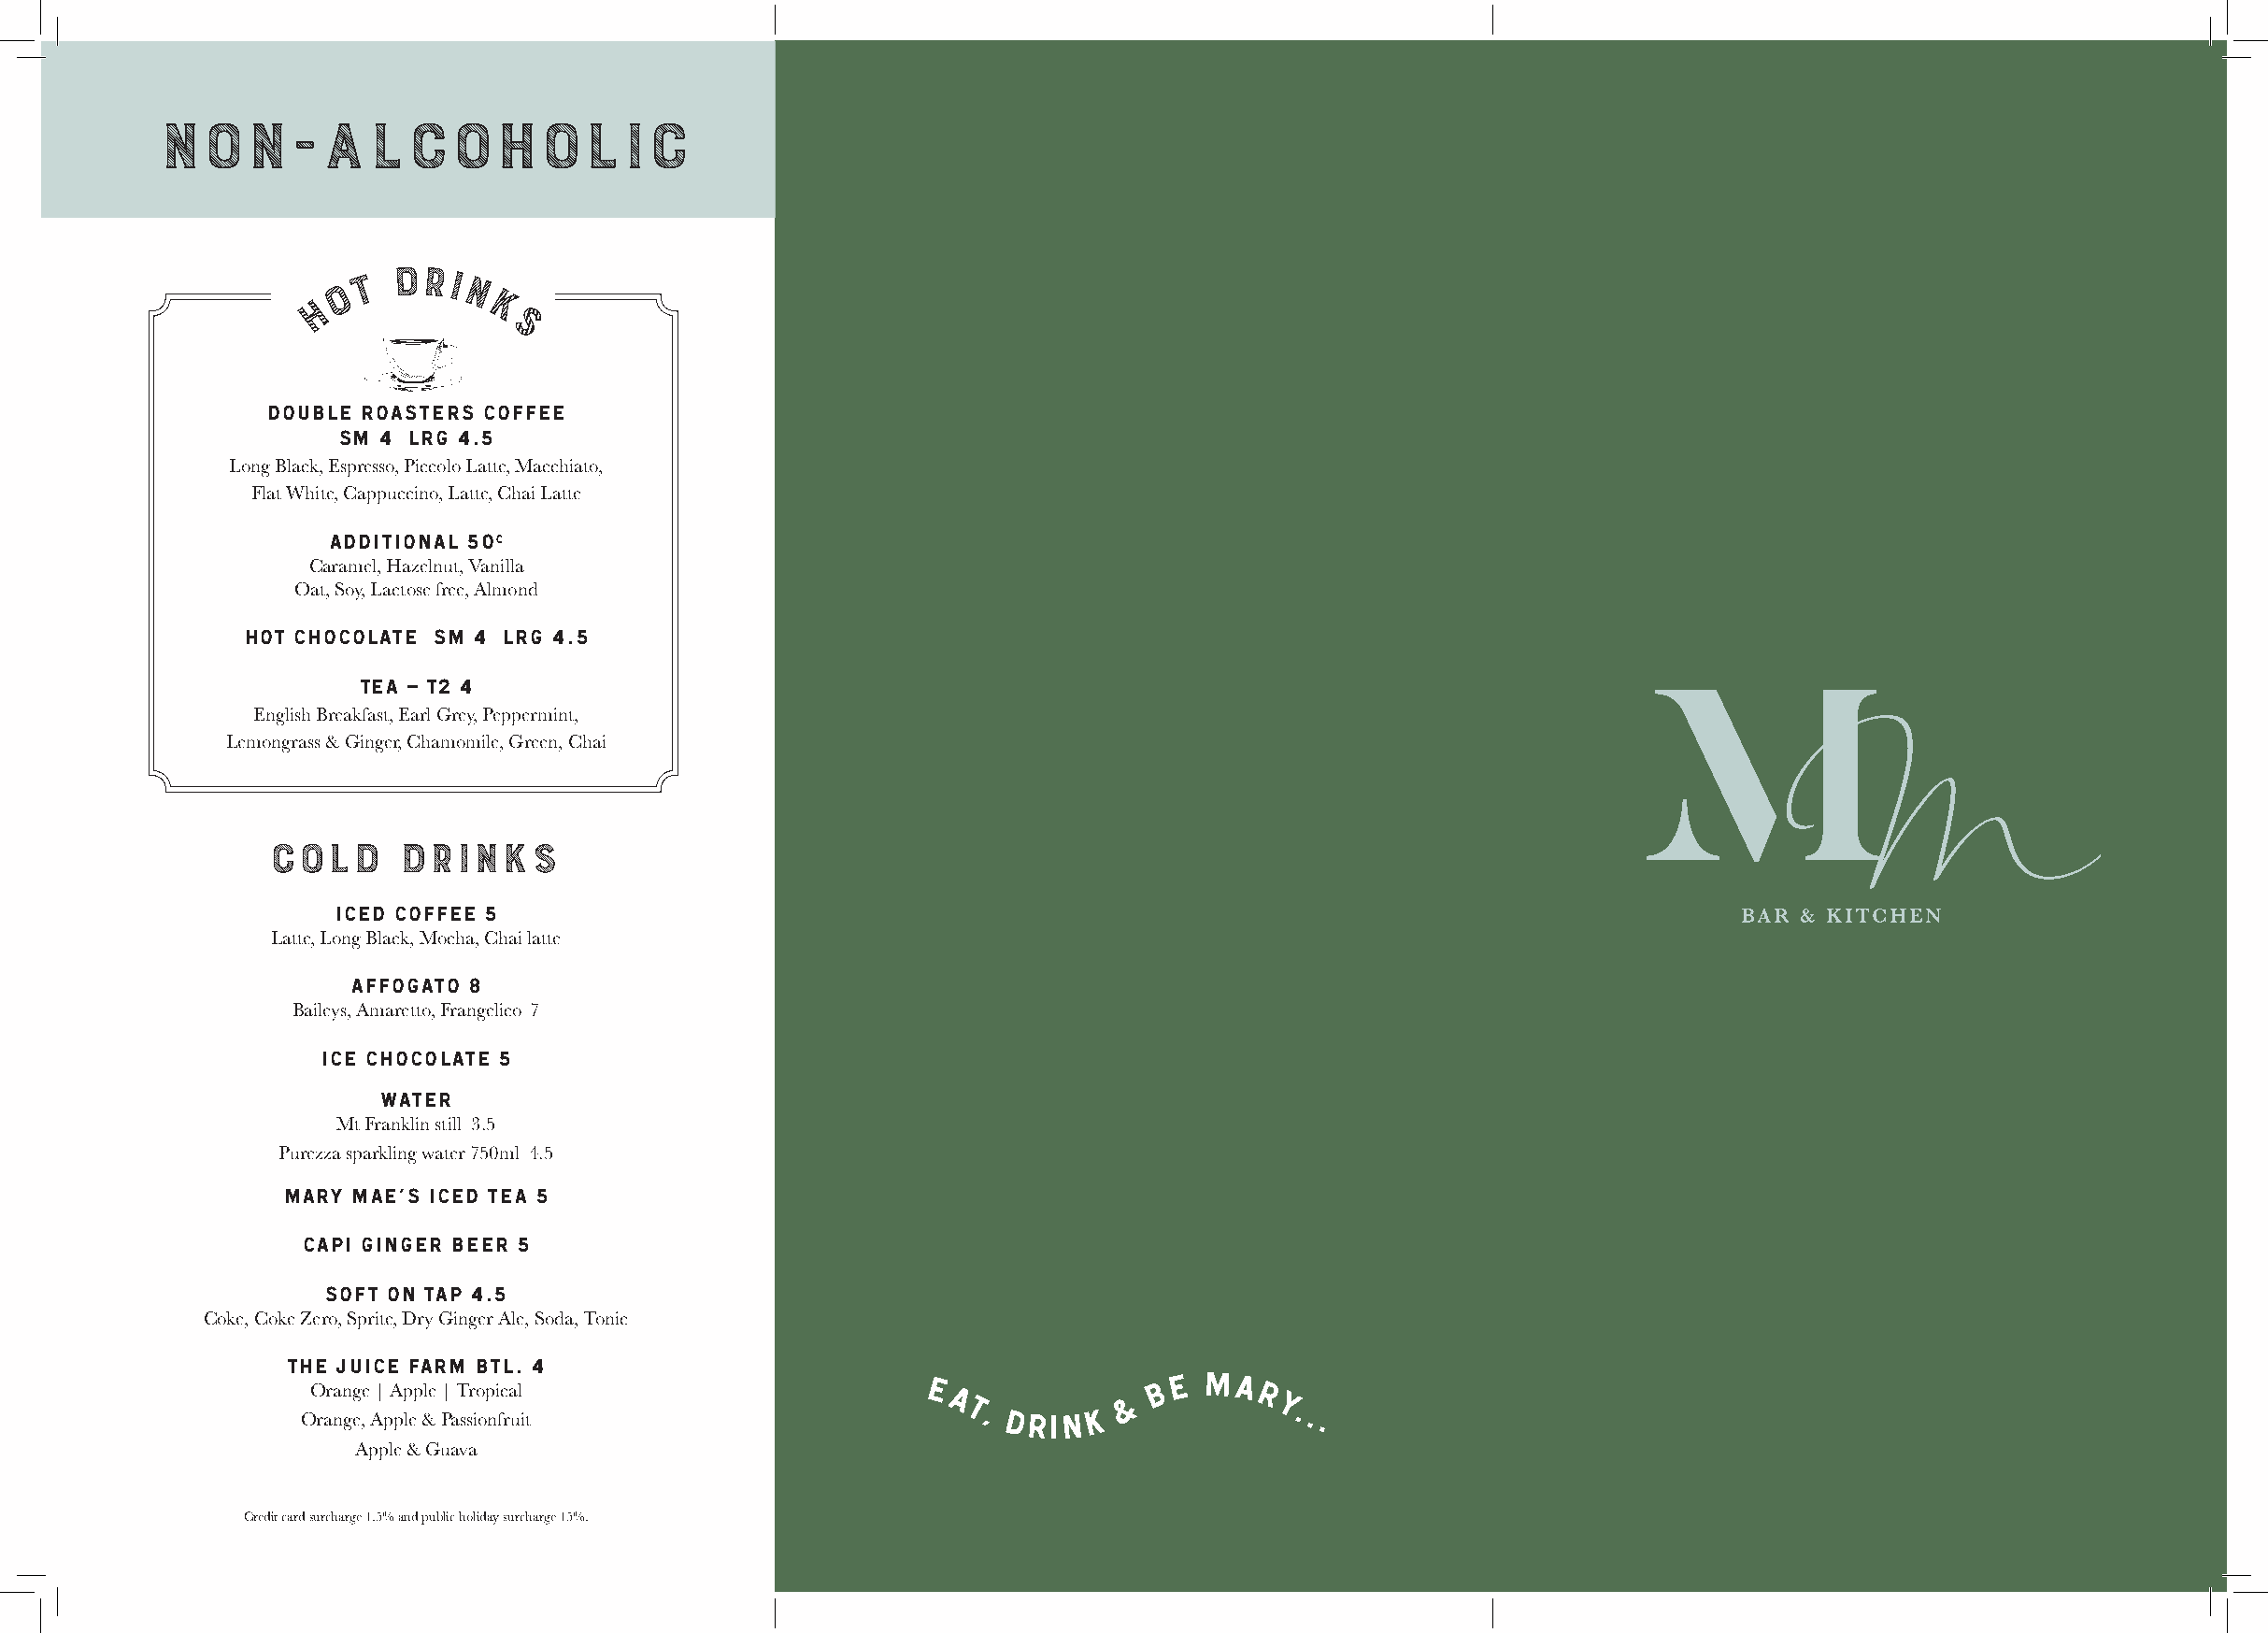
NON-ALCOHOLIC
 t
 DRI
 o       N
 h           K
 S
 Double Roasters Coffee
 Sm 4 LRG 4.5
 Long Black, Espresso, Piccolo Latte, Macchiato,
 Flat White, Cappuccino, Latte, Chai Latte
 ADDITIONAL 50C
 Caramel, Hazelnut, Vanilla
 Oat, Soy, Lactose free, Almond
 Hot chocolate Sm 4 LRG 4.5
 Tea – T2 4
 English Breakfast, Earl Grey, Peppermint,
 Lemongrass & Ginger, Chamomile, Green, Chai
 COLD     DRINKS
 Iced COFFEE 5
 Latte, Long Black, Mocha, Chai latte
 Affogato 8
 Baileys, Amaretto, Frangelico 7
 Ice Chocolate 5
 WATER
 Mt Franklin still 3.5
 Purezza sparkling water 750ml 4.5
 Mary Mae’s iced tea 5
 CAPI GINGER BEER 5
 SOFT ON TAP 4.5
 Coke, Coke Zero, Sprite, Dry Ginger Ale, Soda, Tonic
 THE JUICE FARM BTL. 4
 OO rara nn gg e,e A|
 p
 A pp lep &le P|
 a
 T ssr io op ni fc ra ul
 i t
 E A T,
 DRINK
 &  B
 E MA
 R Y...
 Apple & Guava
 Credit card surcharge 1.5% and public holiday surcharge 15%.